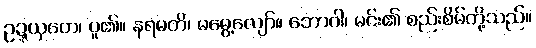
ဥဍ္ဍယှတေ၊ ပူ၏။ နရမတိ၊ မမွေ့လျော်။ ဘောဂါ၊ မင်း၏ စည်းစိမ်တို့သည်။